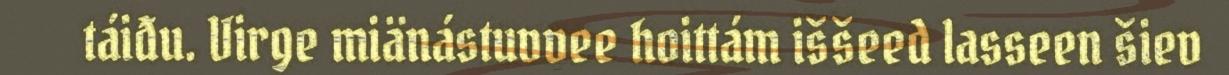
táiđu. Virge miänástuvvee hoittám iššeed lasseen šiev